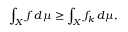
\int _ { X } f \, d \mu \geq \int _ { X } f _ { k } \, d \mu ,